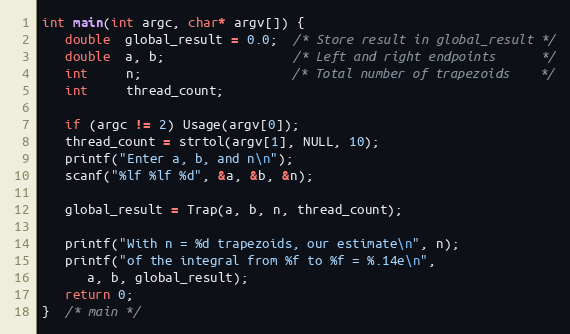
Language: C
int main(int argc, char* argv[]) {
   double  global_result = 0.0;  /* Store result in global_result */
   double  a, b;                 /* Left and right endpoints      */
   int     n;                    /* Total number of trapezoids    */
   int     thread_count;

   if (argc != 2) Usage(argv[0]);
   thread_count = strtol(argv[1], NULL, 10);
   printf("Enter a, b, and n\n");
   scanf("%lf %lf %d", &a, &b, &n);

   global_result = Trap(a, b, n, thread_count);

   printf("With n = %d trapezoids, our estimate\n", n);
   printf("of the integral from %f to %f = %.14e\n",
      a, b, global_result);
   return 0;
}  /* main */